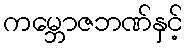
ကမ္ဘောဇဘဏ်နှင့်